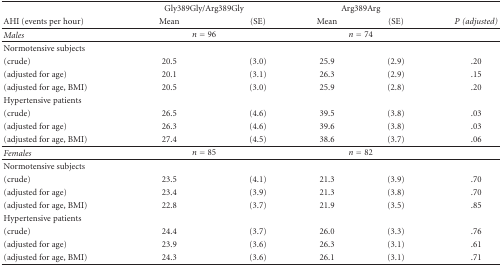
|  | <COLSPAN=2> Gly389Gly/Arg389Gly | <COLSPAN=2> Arg389Arg |  |
 | AHI (events per hour) | Mean | (SE) | Mean | (SE) | P(adjusted) |
 | --- | --- | --- | --- | --- | --- |
 | Males | <COLSPAN=2> n = 96 | <COLSPAN=2> n = 74 |  |
 | Normotensive subjects |  |  |  |  |  |
 | (crude) | 20.5 | (3.0) | 25.9 | (2.9) | .20 |
 | (adjusted for age) | 20.1 | (3.1) | 26.3 | (2.9) | .15 |
 | (adjusted for age, BMI) | 20.5 | (3.0) | 25.9 | (2.8) | .20 |
 | Hypertensive patients |  |  |  |  |  |
 | (crude) | 26.5 | (4.6) | 39.5 | (3.8) | .03 |
 | (adjusted for age) | 26.3 | (4.6) | 39.6 | (3.8) | .03 |
 | (adjusted for age, BMI) | 27.4 | (4.5) | 38.6 | (3.7) | .06 |
 | Females | <COLSPAN=2> n = 85 | <COLSPAN=2> n = 82 |  |
 | Normotensive subjects |  |  |  |  |  |
 | (crude) | 23.5 | (4.1) | 21.3 | (3.9) | .70 |
 | (adjusted for age) | 23.4 | (3.9) | 21.3 | (3.8) | .70 |
 | (adjusted for age, BMI) | 22.8 | (3.7) | 21.9 | (3.5) | .85 |
 | Hypertensive patients |  |  |  |  |  |
 | (crude) | 24.4 | (3.7) | 26.0 | (3.3) | .76 |
 | (adjusted for age) | 23.9 | (3.6) | 26.3 | (3.1) | .61 |
 | (adjusted for age, BMI) | 24.3 | (3.6) | 26.1 | (3.1) | .71 |